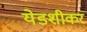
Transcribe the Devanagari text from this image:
येडशीकर